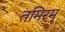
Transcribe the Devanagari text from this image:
तमिरम्